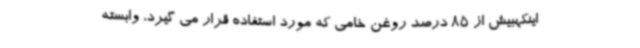
اینکهبیش از 85 درصد روغن خامی که مورد استفاده قرار می گیرد، وابسته